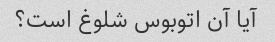
آیا آن اتوبوس شلوغ است؟